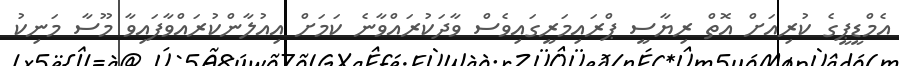
އެމްޑީޕީގެ ކުރިއަށް އޮތް ރިޔާސީ ޕްރައިމަރީގައިވެސް ވާދަކުރައްވާނެ ކަމަށް އިއުލާންކުރައްވާފައިވާ މޫސާ މަނިކު